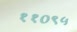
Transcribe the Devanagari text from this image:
११०९५